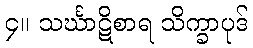
၄။ သင်္ဃာဋိစာရ သိက္ခာပုဒ်